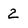
Character: 2